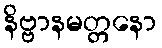
နိဗ္ဗာနမတ္တနော